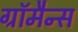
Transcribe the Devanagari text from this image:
ग्रॉमैन्स